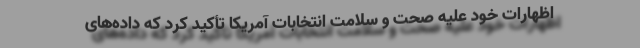
اظهارات خود علیه صحت و سلامت انتخابات آمریکا تأکید کرد که داده‌های